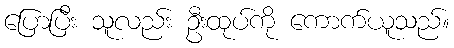
ပြောပြီး သူလည်း ဦးထုပ်ကို ကောက်ယူသည်။